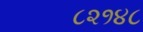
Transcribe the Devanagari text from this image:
८२१४८